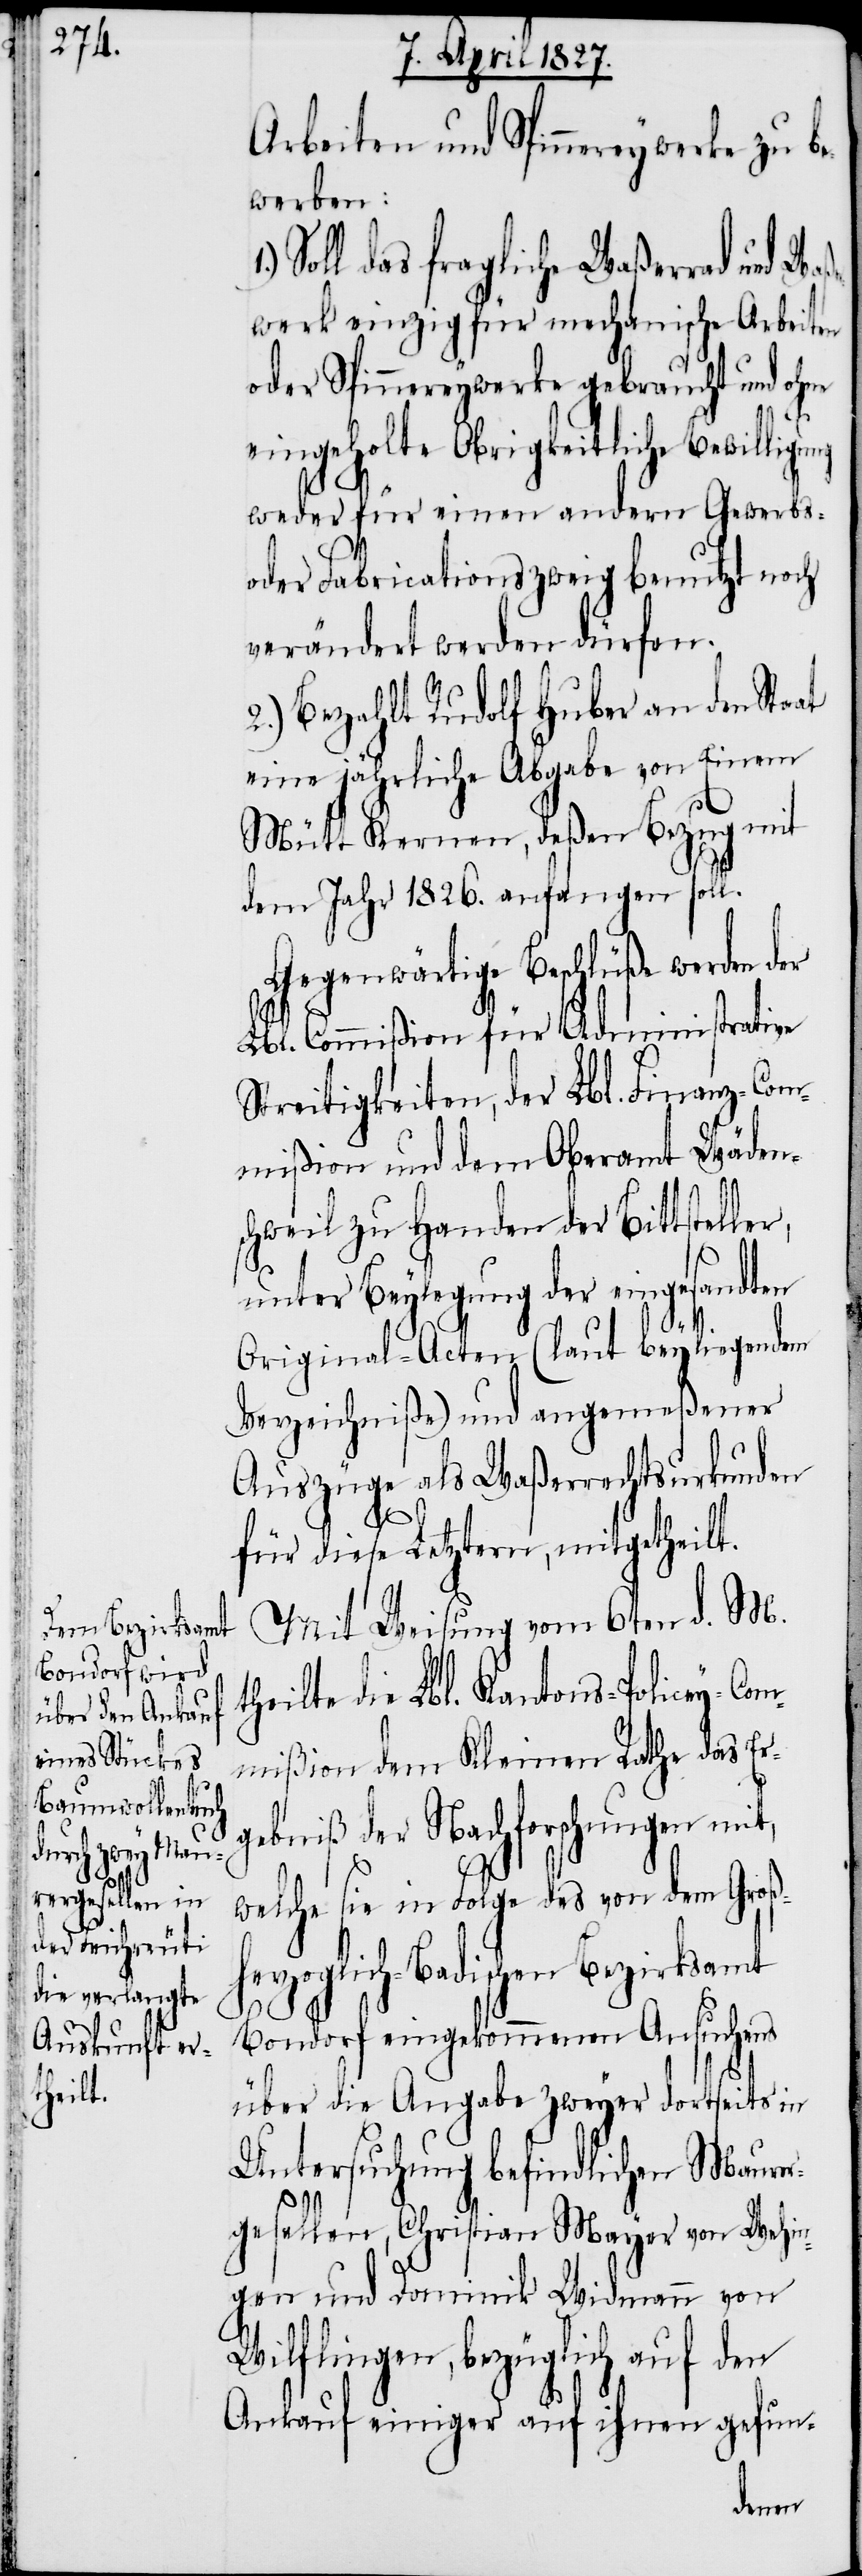
r,

Arbeiten und Spinnereywerke zu be¬
werben:
Soll das fragliche Waßerrad und Wa¬
werk einzig für mechanische Arbeiten
oder Spinnereywerke gebraucht und ohne
eingeholte Obrigkeitliche Bewilligung
weder für einen andern Gewerbs-
oder Fabricationszweig benutzt noch
verändert werden dürfen.
2.) Bezahlt Rudolf Huber an den Sta¬
eine jährliche Abgabe von Einem
Mütt Kernen, deßen Bezug mit
dem Jahr 1826. anfangen soll.
Gegenwärtige Beschlüße werden der
Lbl. Commißion für Administrative
Streitigkeiten, der Lbl. Finanz-Com¬
mißion und dem Oberamt Wäden¬
schweil zu Handen der Bittstelle¬
unter Beylegung der eingesandten
Original-Acten (laut beyliegenden
Verzeichniße) und angemeßener
Auszüge als Waßerrechtsurkunden
für diese Letztern, mitgetheilt.
Mit Weisung vom 6ten d. M.
theilte die Lbl. Kantons-Policey-Com¬
mißion dem Kleinen Rathe das Er¬
gebniß der Nachforschungen mit,
welche sie in Folge des von dem Groß¬
oglich-Badischen Bezirksamt
Bondorf eingekommenen Ansuchens
über die Angabe zweyer dortseits in
Untersuchung befindlichen Maurer¬
gesellen, Christian Mayer von Wehin¬
gen und Dominik Weidmann von
Wilflingen, bezüglich auf den
Ankauf einiger auf ihnen gefun-
herz¬